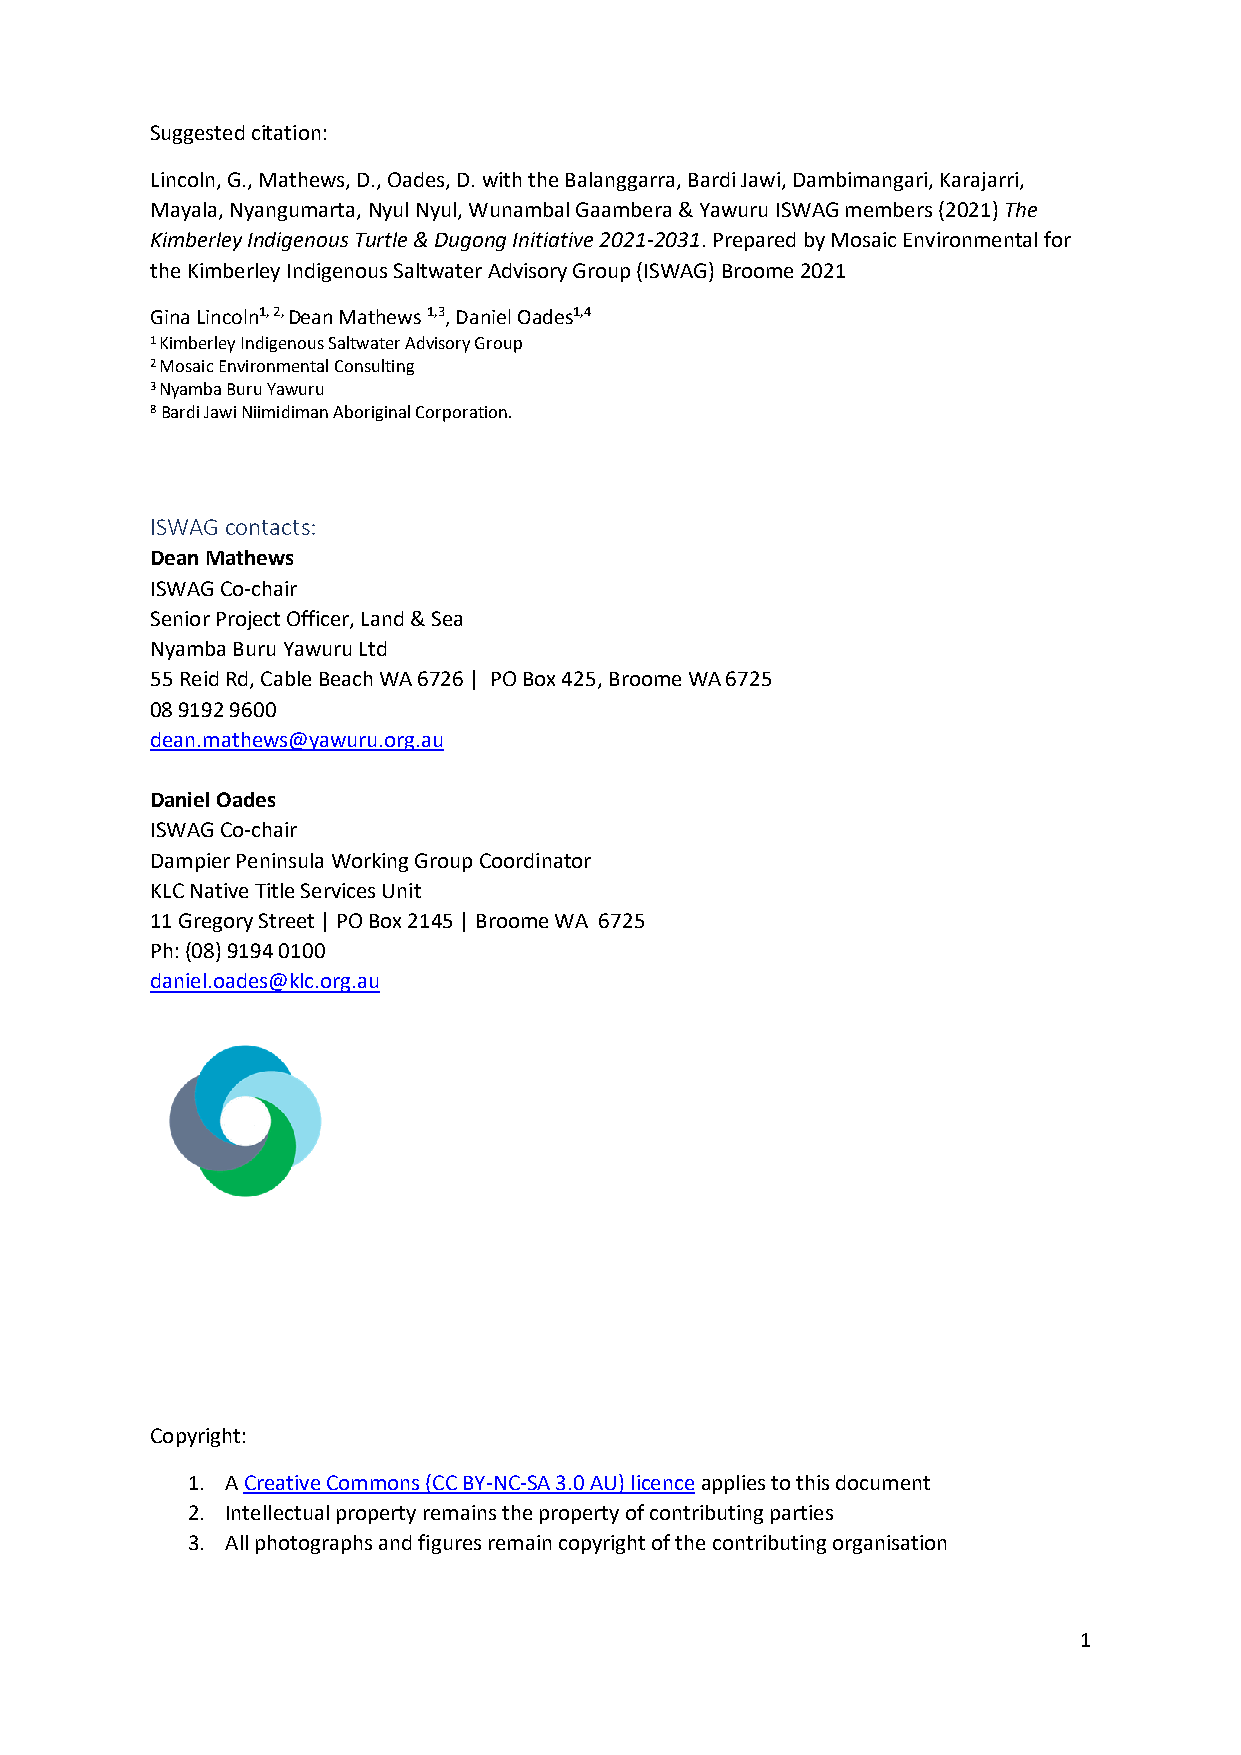
Suggested citation:
 Lincoln, G., Mathews, D., Oades, D. with the Balanggarra, Bardi Jawi, Dambimangari, Karajarri,
 Mayala, Nyangumarta, Nyul Nyul, Wunambal Gaambera & Yawuru ISWAG members (2021) The
 Kimberley Indigenous Turtle & Dugong Initiative 2021-2031. Prepared by Mosaic Environmental for
 the Kimberley Indigenous Saltwater Advisory Group (ISWAG) Broome 2021
 Gina Lincoln1, 2, Dean Mathews 1,3, Daniel Oades1,4
 1 Kimberley Indigenous Saltwater Advisory Group
 2 Mosaic Environmental Consulting
 3 Nyamba Buru Yawuru
 8 Bardi Jawi Niimidiman Aboriginal Corporation.
 ISWAG contacts:
 Dean Mathews
 ISWAG Co-chair
 Senior Project Officer, Land & Sea
 Nyamba Buru Yawuru Ltd
 55 Reid Rd, Cable Beach WA 6726 | PO Box 425, Broome WA 6725
 08 9192 9600
 dean.mathews@yawuru.org.au
 Daniel Oades
 ISWAG Co-chair
 Dampier Peninsula Working Group Coordinator
 KLC Native Title Services Unit
 11 Gregory Street | PO Box 2145 | Broome WA 6725
 Ph: (08) 9194 0100
 daniel.oades@klc.org.au
 Copyright:
 1. A Creative Commons (CC BY-NC-SA 3.0 AU) licence applies to this document
 2. Intellectual property remains the property of contributing parties
 3. All photographs and figures remain copyright of the contributing organisation
 1